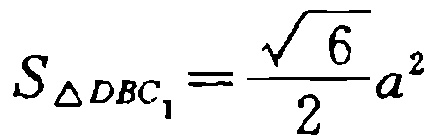
$S_{\triangle DBC_{1}}=\frac{\sqrt{6}}{2}a^{2}$